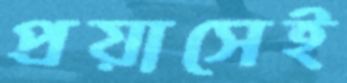
প্রয়াসেই